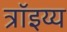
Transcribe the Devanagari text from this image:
त्रॉइय्य